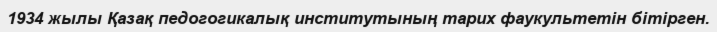
1934 жылы Қазақ педогогикалық институтының тарих фаукультетін бітірген.